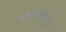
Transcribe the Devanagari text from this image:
पोंटसिसीलाईट